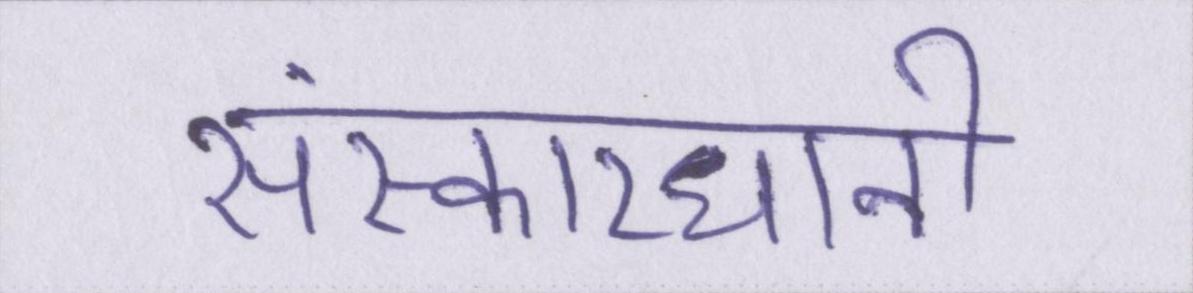
संस्कारधानी